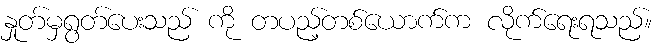
နှုတ်မှရွတ်ပေးသည် ကို တပည့်တစ်ယောက်က လိုက်ရေးရသည်။